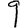
Digit: 9